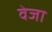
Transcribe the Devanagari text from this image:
वेजा